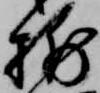
捕